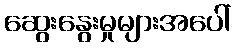
ဆွေးနွေးမှုများအပေါ်